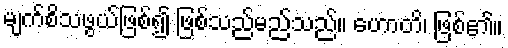
မျက်စိသဖွယ်ဖြစ်၍ ဖြစ်သည်မည်သည်။ ဟောတိ၊ ဖြစ်၏။